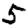
Digit: 5